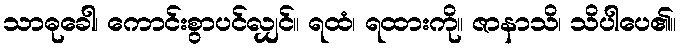
သာဓုခေါ၊ ကောင်းစွာပင်လျှင်။ ရထံ၊ ရထားကို။ ဇာနာသိ၊ သိပါပေ၏။